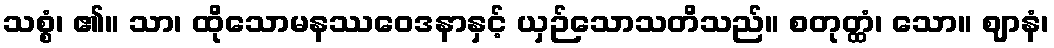
သစ္စံ၊ ၏။ သာ၊ ထိုသောမနဿဝေဒနာနှင့် ယှဉ်သောသတိသည်။ စတုတ္ထံ၊ သော။ ဈာနံ၊